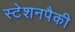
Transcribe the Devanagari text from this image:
स्टेशनपैकी